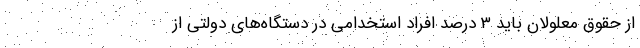
از حقوق معلولان باید ۳ درصد افراد استخدامی در دستگاه‌های دولتی از